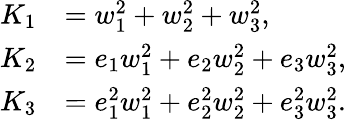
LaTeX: \begin{array}{rl}{K_{1}}&{=w_{1}^{2}+w_{2}^{2}+w_{3}^{2},}\\ {K_{2}}&{=e_{1}w_{1}^{2}+e_{2}w_{2}^{2}+e_{3}w_{3}^{2},}\\ {K_{3}}&{=e_{1}^{2}w_{1}^{2}+e_{2}^{2}w_{2}^{2}+e_{3}^{2}w_{3}^{2}.}\end{array}